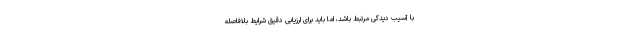
با آسیب دیدگی مرتبط باشد، اما باید برای ارزیابی دقیق شرایط بلافاصله